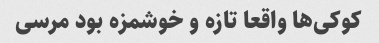
کوکی‌ها واقعا تازه و خوشمزه بود مرسی